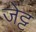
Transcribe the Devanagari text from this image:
जेट्ट